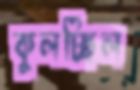
কুলচ্ছিল